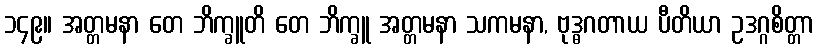
၁၄၉။ အတ္တမနာ တေ ဘိက္ခူတိ တေ ဘိက္ခူ အတ္တမနာ သကမနာ, ဗုဒ္ဓဂတာယ ပီတိယာ ဥဒဂ္ဂစိတ္တာ